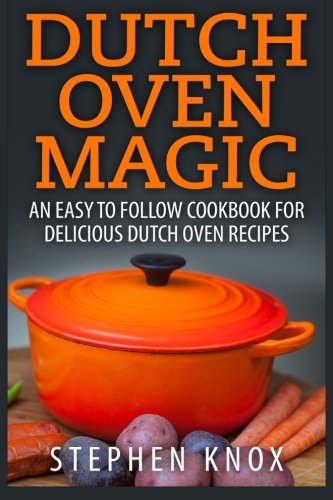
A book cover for Dutch Oven Magic: An Easy to Follow Cookbook for Delicious Dutch Oven Recipes; Stephen Knox; Cookbooks, Food & Wine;